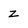
Character: z